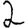
Digit: 2